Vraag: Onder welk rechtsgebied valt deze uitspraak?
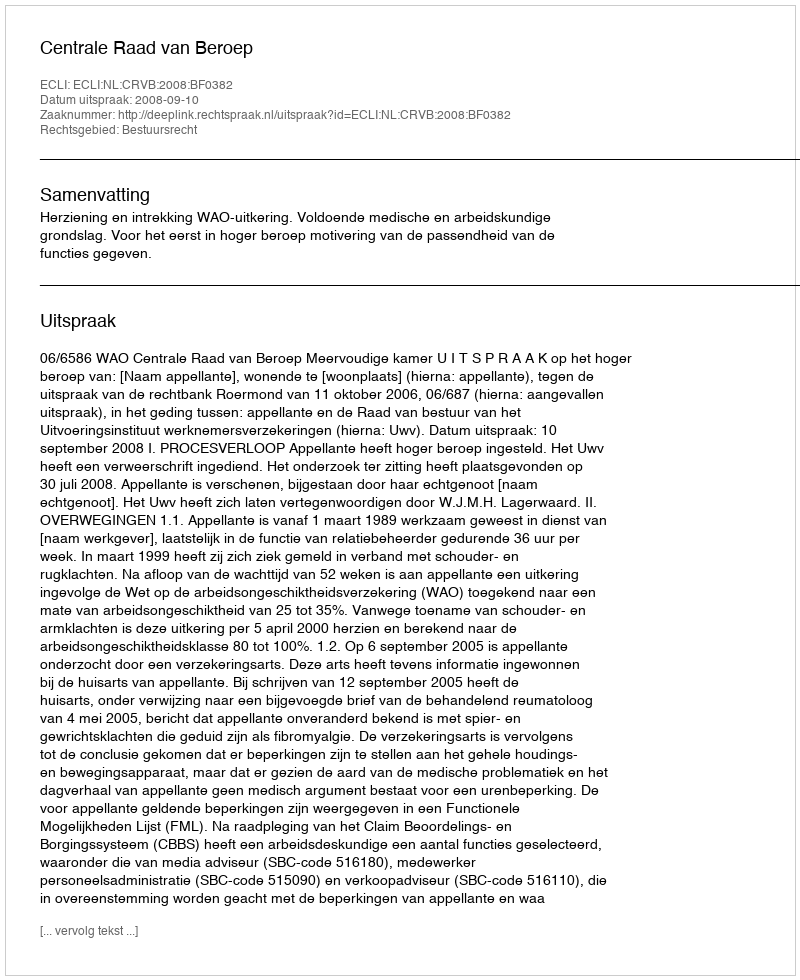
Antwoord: Bestuursrecht